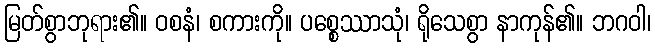
မြတ်စွာဘုရား၏။ ဝစနံ၊ စကားကို။ ပစ္စေဿာသုံ၊ ရိုသေစွာ နာကုန်၏။ ဘဂဝါ၊